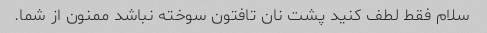
سلام فقط لطف کنید پشت نان تافتون سوخته نباشد ممنون از شما.